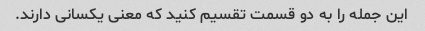
این جمله را به دو قسمت تقسیم کنید که معنی یکسانی دارند.